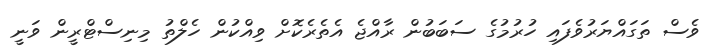
ވެސް ތަގައްޔަރުވެފައި ހުރުމުގެ ސަބަބުން ރާއްޖެ އެތެރެކޮށް ވިއްކުން ހެލްތު މިނިސްޓްރީން ވަނީ